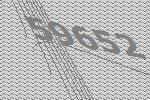
59652